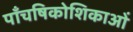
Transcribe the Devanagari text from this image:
पाँचषिकोशिकाओं